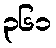
၃၆၁